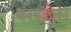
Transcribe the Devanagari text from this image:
बरेइल्लेस